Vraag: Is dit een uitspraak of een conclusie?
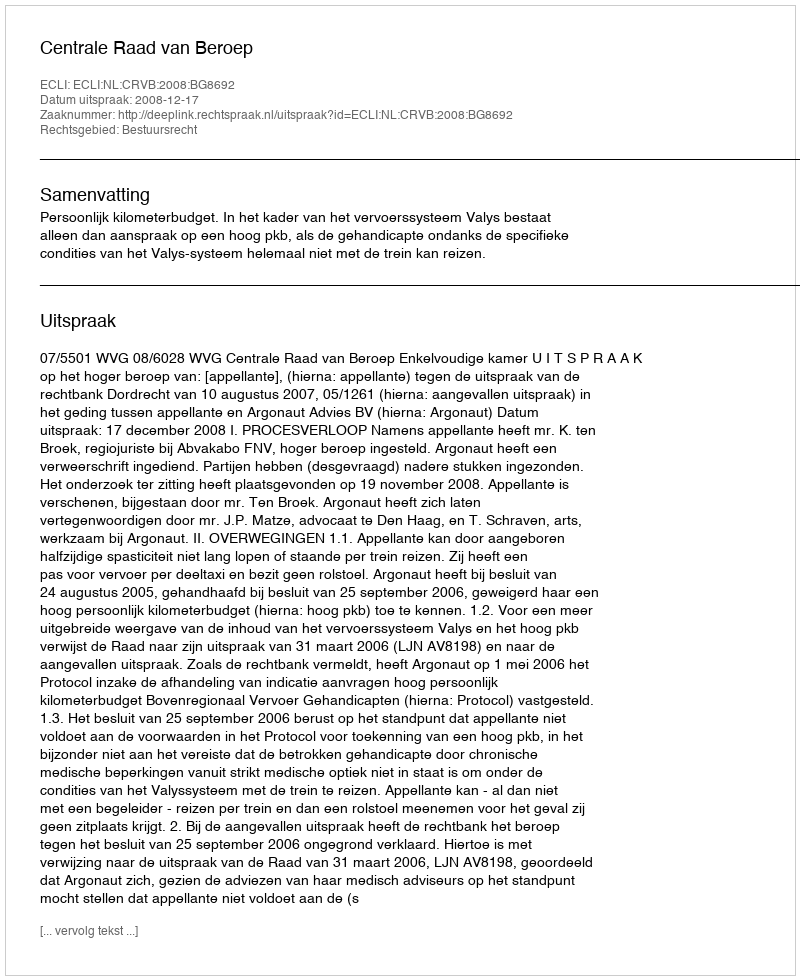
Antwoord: Uitspraak